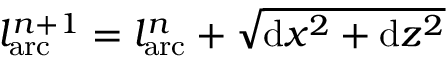
l _ { \mathrm { a r c } } ^ { n + 1 } = l _ { \mathrm { a r c } } ^ { n } + \sqrt { \mathrm { d } x ^ { 2 } + \mathrm { d } z ^ { 2 } }